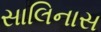
સાલિનાસ